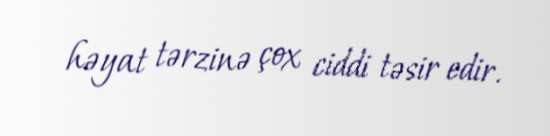
həyat tərzinə çox ciddi təsir edir.